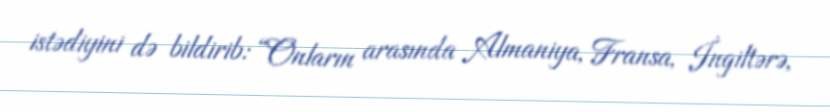
istədiyini də bildirib: “Onların arasında Almaniya, Fransa, İngiltərə,